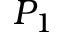
P _ { 1 }